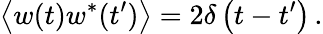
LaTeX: \left\langle w(t)w^{*}(t^{\prime})\right\rangle=2\delta\left(t-t^{\prime}\right)\, .